Source: Handwritten
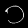
Digit: ၁ (1)